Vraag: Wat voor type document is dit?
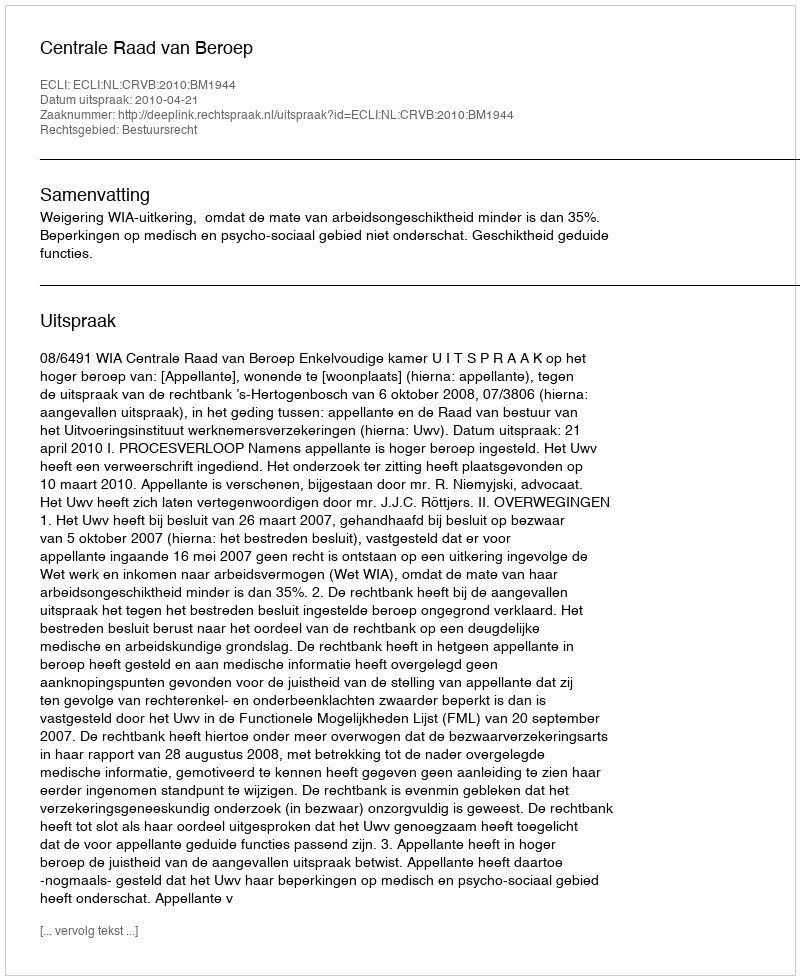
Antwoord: Uitspraak